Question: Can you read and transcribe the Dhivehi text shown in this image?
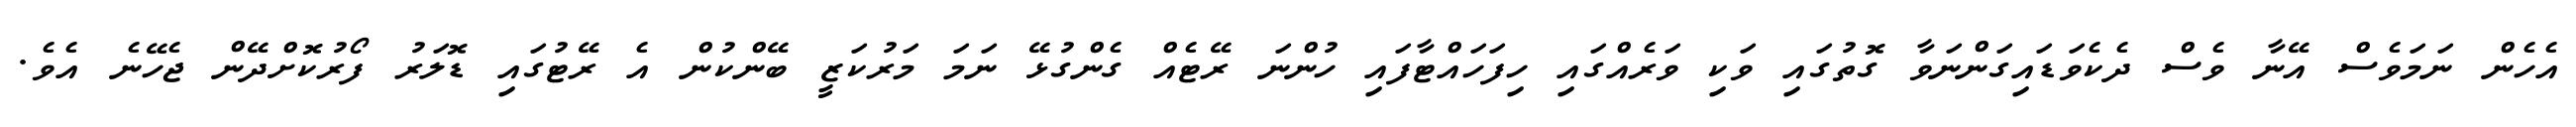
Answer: އެހެން ނަމަވެސް އޭނާ ވެސް ދެކެވަޑައިގަންނަވާ ގޮތުގައި ވަކި ވަރެއްގައި ހިފަހައްޓާފައި ހުންނަ ރޭޓެއް ގެންގުޅޭ ނަމަ މަރުކަޒީ ބޭންކުން އެ ރޭޓުގައި ޑޮލަރު ފޯރުކޮށްދޭން ޖެހޭނެ އެވެ.